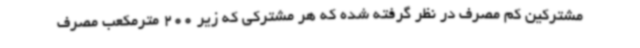
مشترکین کم مصرف در نظر گرفته شده که هر مشترکی که زیر 200 مترمکعب مصرف